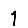
Digit: 1